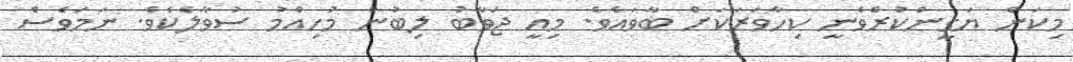
މިކަން ޔަގީންކުރެވެނީ ކިހާވަރަކަށް ބާވައެވެ. މިއީ ޖަވާބު ލިބުން މުހިއްމު ސުވާލެކެވެ. ނަމަވެސް